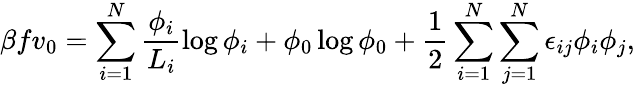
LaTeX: \beta fv_{0}=\sum_{i=1}^{N}\frac{\phi_{i}}{L_{i}}\log\phi_{i}+\phi_{0}\log\phi_{0}+\frac{1}{2}\sum_{i=1}^{N}\sum_{j=1}^{N}\epsilon_{ij}\phi_{i}\phi_{j},